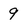
Character: 9